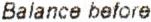
BALANCE BEFORE